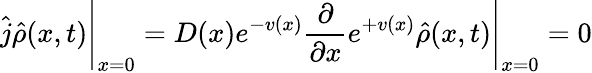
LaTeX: \hat{j}\hat{\rho}(x,t)\Bigg|_{x=0}=D(x)e^{-v(x)}\frac{\partial}{\partial x}e^{+v(x)}\hat{\rho}(x,t)\Bigg|_{x=0}=0